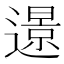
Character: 𨗈